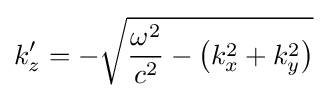
k'_{z}=-{\sqrt {{\frac {\omega ^{2}}{c^{2}}}-\left(k_{x}^{2}+k_{y}^{2}\right)}}